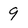
Character: 9